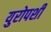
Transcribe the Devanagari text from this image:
युरोपशी